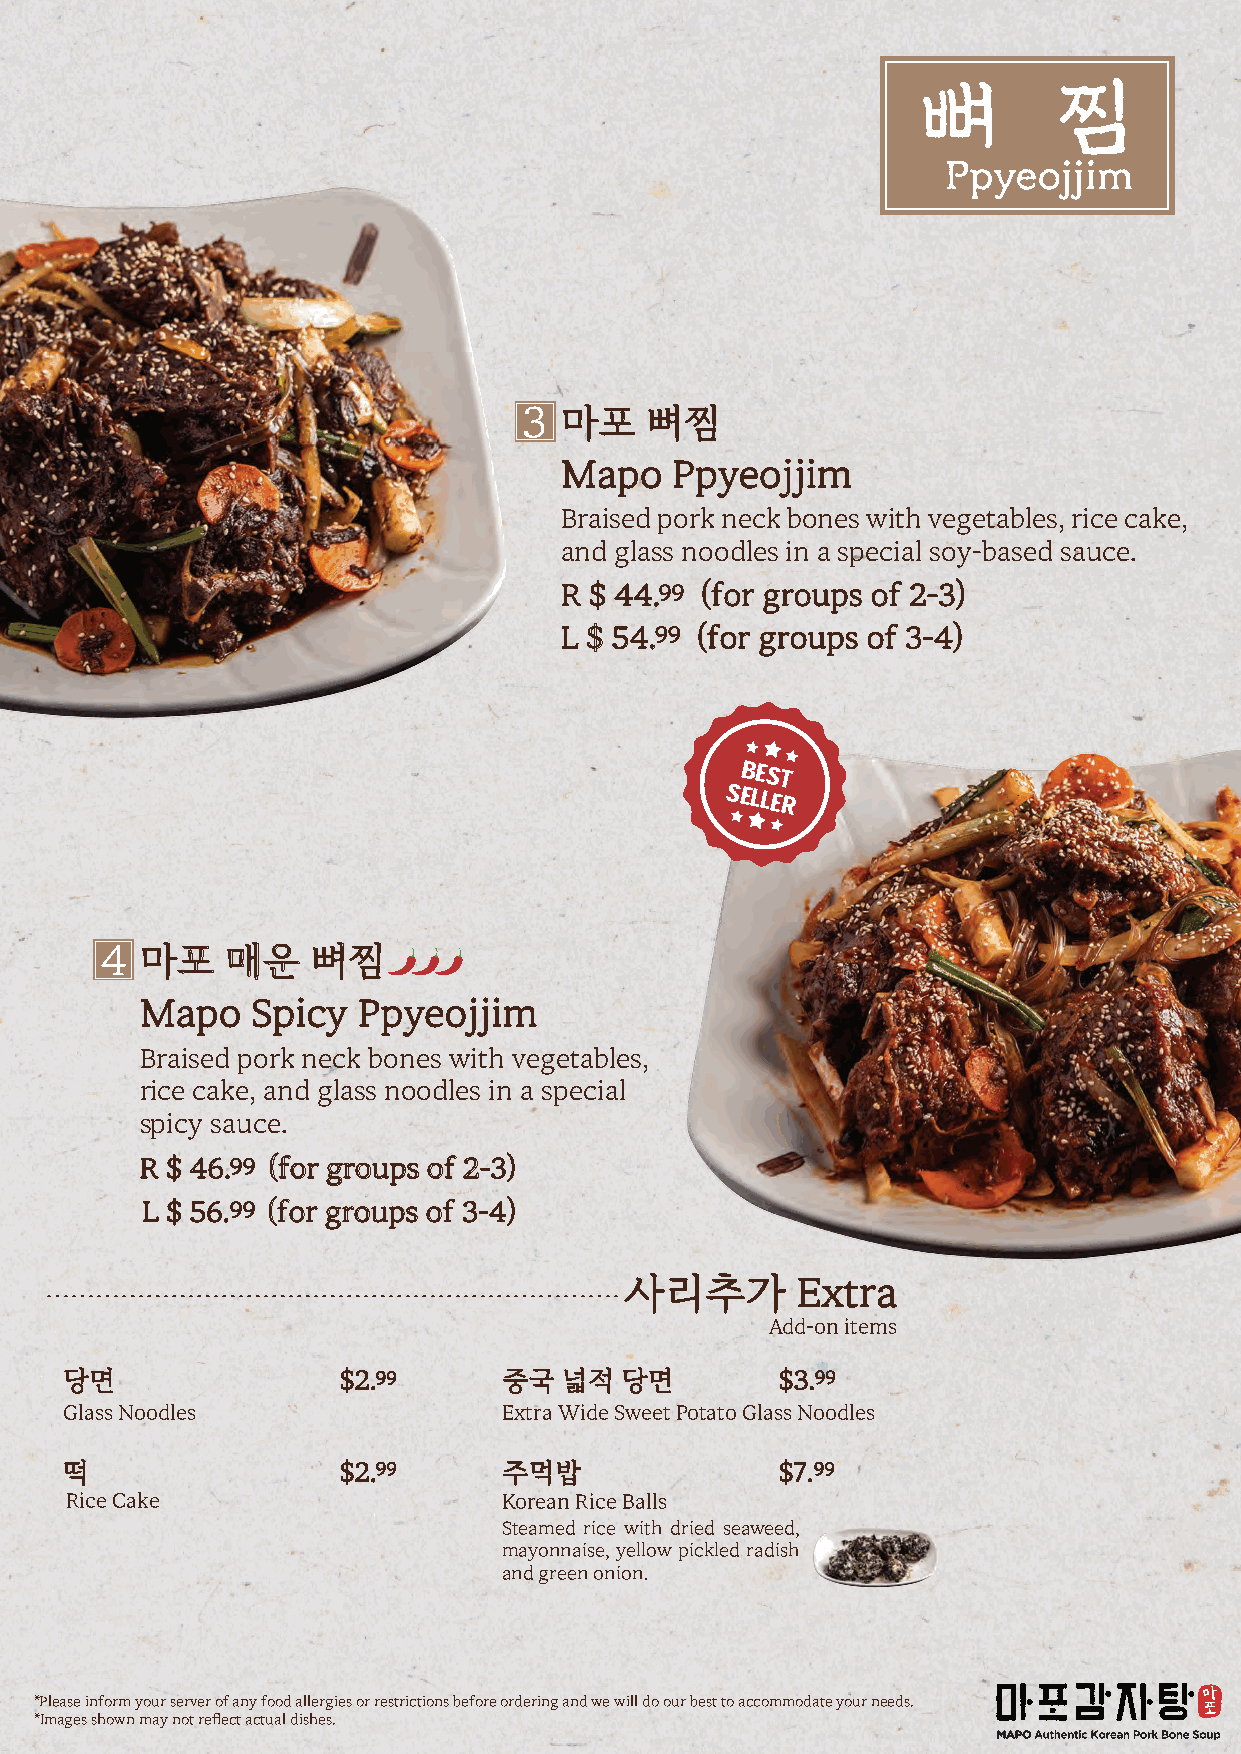
뼈        찜
 Ppyeojjim
 3 마포    뼈찜
 Mapo   Ppyeojjim
 Braised pork neck bones with vegetables, rice cake,
 and glass noodles in a special soy-based sauce.
 R $ 44.9 9 (for groups of 2-3)
 L $ 54.9 9 (for groups of 3-4)
 BEST
 SELLER
 4 마포    매운    뼈찜
 Mapo    Spicy  Ppyeojjim
 Braised pork neck bones with vegetables,
 rice cake, and glass noodles in a special
 spicy sauce.
 R $ 46.9 9 (for groups of 2-3)
 L $ 56. 9 9 (for groups of 3-4)
 사리추가        Extra
 Add-on items
 당면                $2.99      중국  넓적  당면         $3.99
 Glass Noodles                Extra Wide Sweet Potato Glass Noodles
 떡                 $2.99      주먹밥                $7.99
 Rice Cake                    Korean Rice Balls
 Steamed rice with dried seaweed,
 mayonnaise, yellow pickled radish
 and green onion.
 *Please inform your server of any food allergies or restrictions before ordering and we will do our best to accommodate your needs.
 *Images shown may not reflect actual dishes.